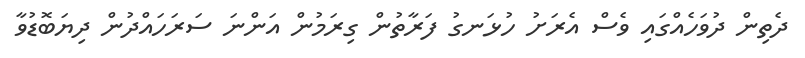
ދެތިން ދުވަހެއްގައި ވެސް އެރަށު ހުޅަނގު ފަރާތުން ގިރަމުން އަންނަ ސަރަހައްދުން ދިޔަބޮޑުވާ